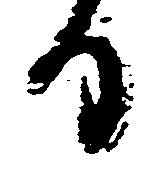
る